Leprosy in India: report of the Leprosy Commission in India, 1890-91
Year: 1890
Disease focus: Leprosy
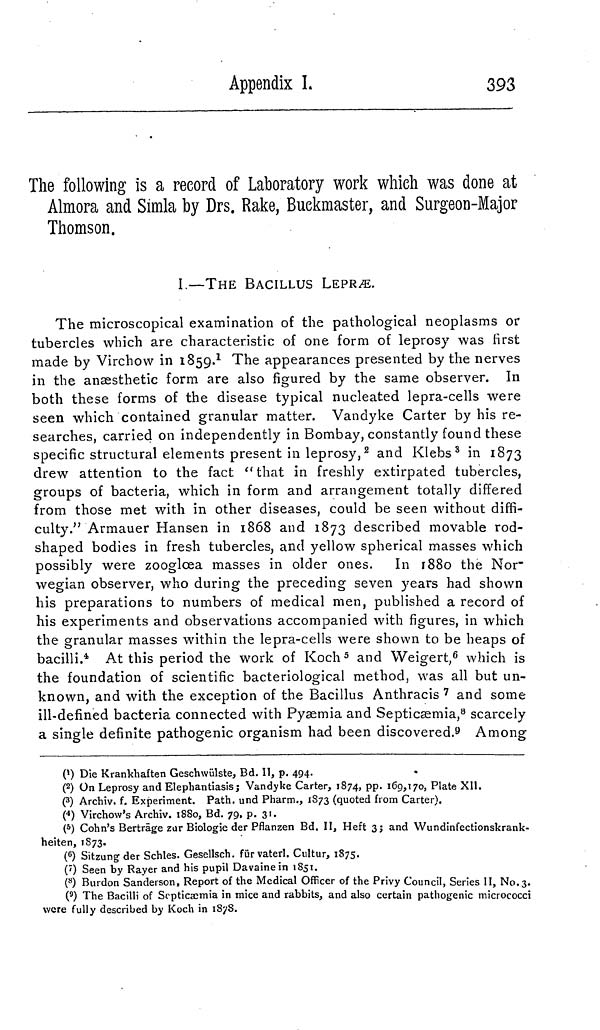
Appendix I.
393
The following is a record of Laboratory work which was done at
Almora and Simla by Drs. Rake, Buckmaster, and Surgeon-Major
Thomson.
I.—THE BACILLUS LEPRÆ.
The microscopical examination of the pathological neoplasms or
tubercles which are characteristic of one form of leprosy was first
made by Virchow in 1859. 1 The appearances presented by the nerves
in the anaesthetic form are also figured by the same observer. In
both these forms of the disease typical nucleated lepra-cells were
seen which contained granular matter. Vandyke Carter by his re-
searches, carried on independently in Bombay, constantly found these
specific structural elements present in leprosy, 2 and Klebs 3 in 1873
drew attention to the fact " that in freshly extirpated tubercles,
groups of bacteria, which in form and arrangement totally differed
from those met with in other diseases, could be seen without diffi-
culty." Armauer Hansen in 1868 and 1873 described movable rod-
shaped bodies in fresh tubercles, and yellow spherical masses which
possibly were zooglœa masses in older ones. In 1880 the Nor-
wegian observer, who during the preceding seven years had shown
his preparations to numbers of medical men, published a record of
his experiments and observations accompanied with figures, in which
the granular masses within the lepra-cells were shown to be heaps of
bacilli. 41 At this period the work of Koch 5 and Weigert, 6 which is
the foundation of scientific bacteriological method, was all but un-
known, and with the exception of the Bacillus Anthracis 7 and some
ill-defined bacteria connected with Pyaemia and Septicaemia, 8 scarcely
a single definite pathogenic organism had been discovered. 9 Among
0) Die Krankhaften Geschwülste, Bd. II, p. 494.
( 2 ) On Leprosy and Elephantiasis 3 Vandyke Carter, 1874, pp. 169,170, Plate XII.
( 3 ) Archiv, f. Experiment. Path, und Pharm., 1873 (quoted from Carter).
( 4 ) Virchow's Archiv. 1880, Bd. 79, p. 31.
( 5 ) Cohn's Beiträge zar Biologie der Pflanzen Bd. II, Heft 3; and Wundinfectionskrank-
heiten, 1873.
( 6 ) Sitzung der Schles. Gesellsch. für vaterl. Cultur, 1875.
( 7 ) Seen by Rayer and his pupil Davainein 1851.
( 8 ) Burdon Sanderson, Report of the Medical Officer of the Privy Council, Series II, No. 3.
( 9 ) The Bacilli of Septicaemia in mice and rabbits, and also certain pathogenic micrococci
were fully described by Koch in 1878.